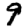
Digit: 9